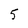
Character: 5